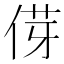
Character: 𫢯